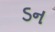
ડન